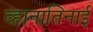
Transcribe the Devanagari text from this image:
व्हानातिनाई